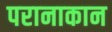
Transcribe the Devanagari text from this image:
परानाकान